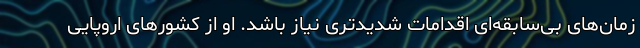
زمان‌های بی‌سابقه‌ای اقدامات شدیدتری نیاز باشد. او از کشورهای اروپایی